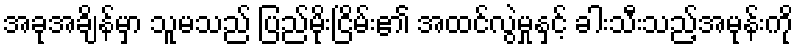
အခုအချိန်မှာ သူမသည် ပြည်မိုးငြိမ်း၏ အထင်လွဲမှုနှင့် ခါးသီးသည့်အမုန်းကို